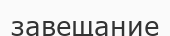
завещание